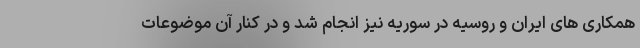
همکاری های ایران و روسیه در سوریه نیز انجام شد و در کنار آن موضوعات